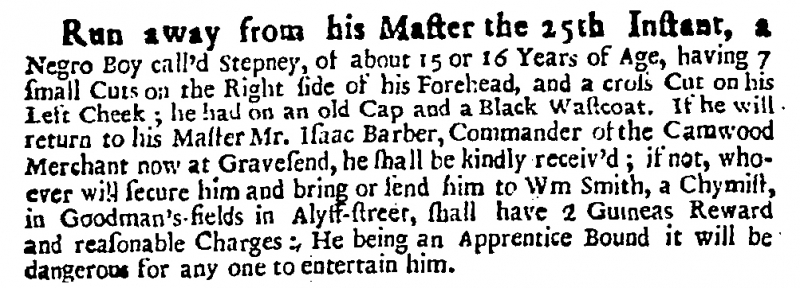
Daily Courant, 27 September 1710 (England)
Run away from his Master the 25th Instant, a Negro Boy call’d Stepney, of about 15 or 16 Years of Age, having 7 small Cuts on the Right side of his Forehead, and a cross Cut on his Left Cheek; he had on an old Cap and a Black Wastcoat. If he will return to his Master Mr. Isaac Barber, Commander of the Camwood Merchant now at Gravesend, he shall be kindly receiv’d; if not, whoever will secure him and bring or send him to Wm Smith, a Chymist, in Goodman’s-fields in Alyss-street, shall have 2 Guineas Reward and reasonable Charges: He being an Apprentice Bound it will be dangerous for any one to entertain him.